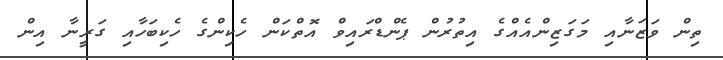
ތިން ވަޒަނާއި މަގަޒިންއެއްގެ އިތުރުން ޕެންޑްރައިވް އޮތްކަން ހެކިންގެ ހެކިބަހާއި ގަރީނާ އިން